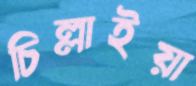
চিল্লাইয়া